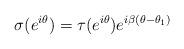
LaTeX: \begin{align*}\sigma(e^{i\theta})=\tau(e^{i\theta})e^{i\beta(\theta-\theta_{1})} \end{align*}